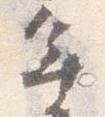
年